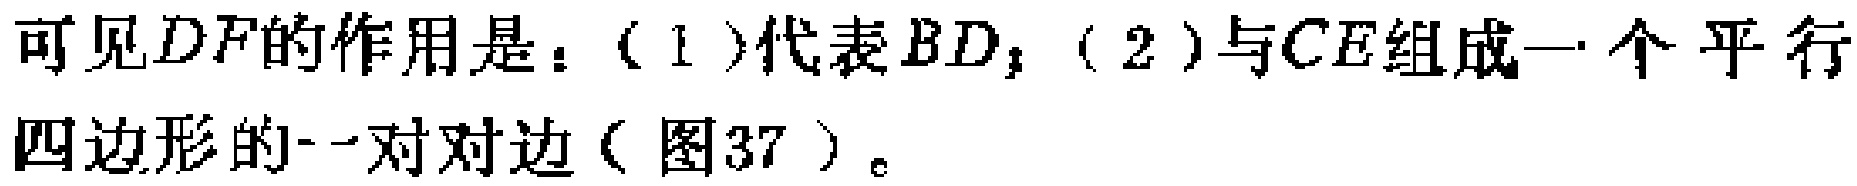
可见$DF$的作用是：（1）代表$BD$；（2）与$CE$组成一个平行四边形的一对对边（图37）。